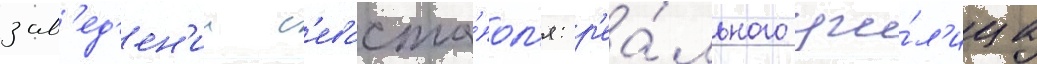
зав'ед'ен'ии с'евасто́пол'я: р'еа́льного учи́л'ища